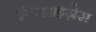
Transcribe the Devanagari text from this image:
इंटरप्राइज़ेस